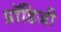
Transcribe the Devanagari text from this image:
प्रॉडिजी